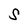
Character: S